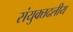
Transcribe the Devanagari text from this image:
संयुक्तदलीय